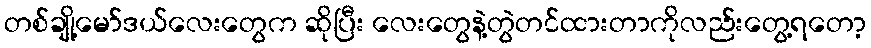
တစ်ချို့မော်ဒယ်လေးတွေက ဆိုပြီး လေးတွေနဲ့တွဲတင်ထားတာကိုလည်းတွေ့ရတော့